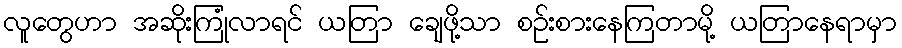
လူတွေဟာ အဆိုးကြုံလာရင် ယတြာ ချေဖို့သာ စဉ်းစားနေကြတာမို့ ယတြာနေရာမှာ